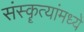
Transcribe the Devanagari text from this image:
संस्कॄत्यांमध्ये